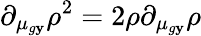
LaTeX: \partial_{\mu_{g\mathbf{y}}}\rho^{2}=2\rho\partial_{\mu_{g\mathbf{y}}}\rho